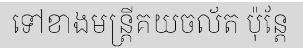
ទៅខាងមន្ត្រីគយចល័ត ប៉ុន្តែ